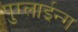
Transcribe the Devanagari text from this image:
पुग्लाईन्ग